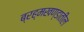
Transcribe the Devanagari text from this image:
ब्रह्मखण्डातील